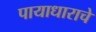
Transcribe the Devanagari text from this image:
पायाधाराचे